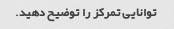
توانایی تمرکز را توضیح دهید.